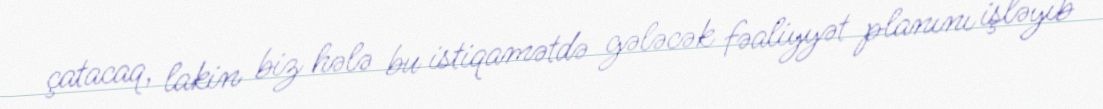
çatacaq, lakin biz hələ bu istiqamətdə gələcək fəaliyyət planını işləyib